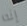
إنه